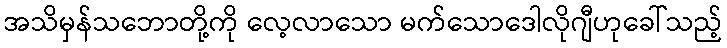
အသိမှန်သဘောတို့ကို လေ့လာသော မက်သောဒေါလိုဂျီဟုခေါ်သည့်